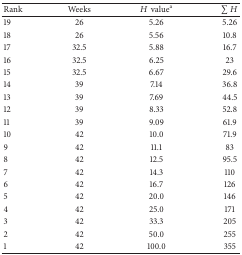
<table><thead><tr><td><b>Rank</b></td><td><b>Weeks</b></td><td><b><i>H</i>value<sup>a</sup></b></td><td><b>∑<i>H</i></b></td></tr></thead><tbody><tr><td>19</td><td>26</td><td>5.26</td><td>5.26</td></tr><tr><td>18</td><td>26</td><td>5.56</td><td>10.8</td></tr><tr><td>17</td><td>32.5</td><td>5.88</td><td>16.7</td></tr><tr><td>16</td><td>32.5</td><td>6.25</td><td>23</td></tr><tr><td>15</td><td>32.5</td><td>6.67</td><td>29.6</td></tr><tr><td>14</td><td>39</td><td>7.14</td><td>36.8</td></tr><tr><td>13</td><td>39</td><td>7.69</td><td>44.5</td></tr><tr><td>12</td><td>39</td><td>8.33</td><td>52.8</td></tr><tr><td>11</td><td>39</td><td>9.09</td><td>61.9</td></tr><tr><td>10</td><td>42</td><td>10.0</td><td>71.9</td></tr><tr><td>9</td><td>42</td><td>11.1</td><td>83</td></tr><tr><td>8</td><td>42</td><td>12.5</td><td>95.5</td></tr><tr><td>7</td><td>42</td><td>14.3</td><td>110</td></tr><tr><td>6</td><td>42</td><td>16.7</td><td>126</td></tr><tr><td>5</td><td>42</td><td>20.0</td><td>146</td></tr><tr><td>4</td><td>42</td><td>25.0</td><td>171</td></tr><tr><td>3</td><td>42</td><td>33.3</td><td>205</td></tr><tr><td>2</td><td>42</td><td>50.0</td><td>255</td></tr><tr><td>1</td><td>42</td><td>100.0</td><td>355</td></tr></tbody></table>